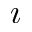
\i